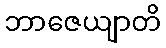
ဘာဇေယျာတိ